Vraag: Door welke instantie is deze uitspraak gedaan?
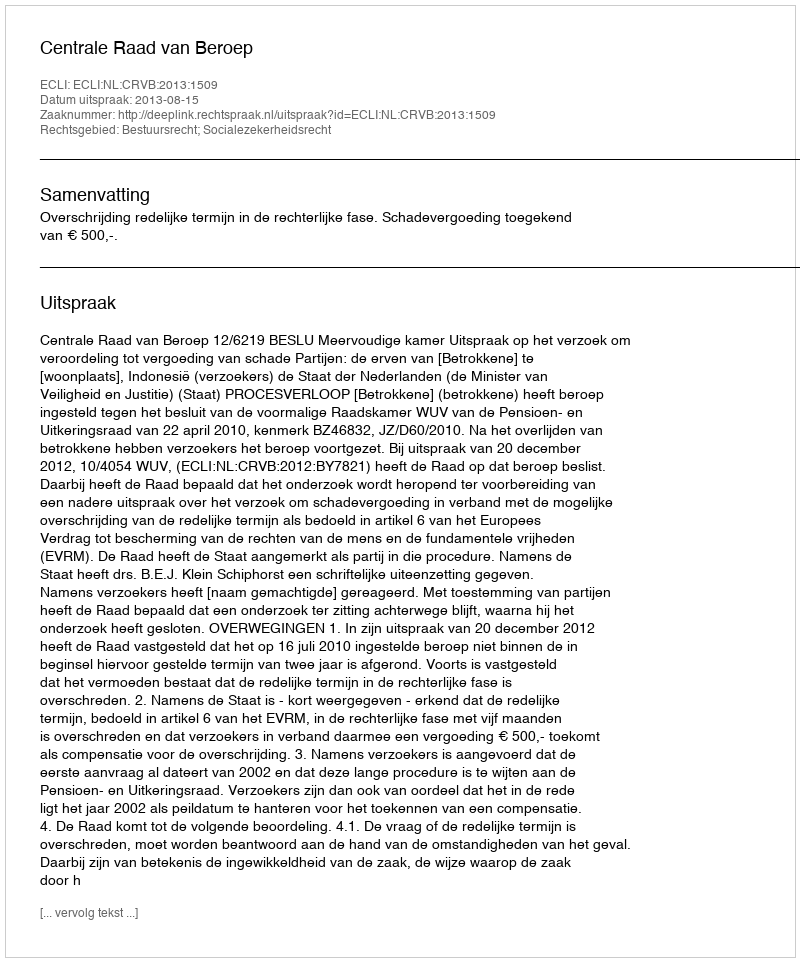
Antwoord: Centrale Raad van Beroep